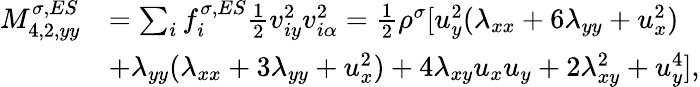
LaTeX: \begin{array}{r}{\begin{array}{rl}{M_{4,2,yy}^{\sigma,ES}}&{=\sum_{i}f_{i}^{\sigma,ES}\frac{1}{2}v_{iy}^{2}v_{i\alpha}^{2}=\frac{1}{2}\rho^{\sigma}[u_{y}^{2}(\lambda_{xx}+6\lambda_{yy}+u_{x}^{2})}\\ &{+\lambda_{yy}(\lambda_{xx}+3\lambda_{yy}+u_{x}^{2})+4\lambda_{xy}u_{x}u_{y}+2\lambda_{xy}^{2}+u_{y}^{4}],}\end{array}}\end{array}